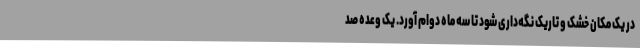
در یک مکان خشک و تاریک نگه‌داری شود تا سه ماه دوام آورد. یک وعده صد